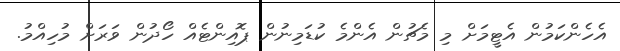
އެހެންކަމުން އެޓީމަށް މި މެޗުން އެންމެ ކުޑަމިނުން ޕޮއިންޓެއް ހޯދުން ވަރަށް މުހިއްމު.